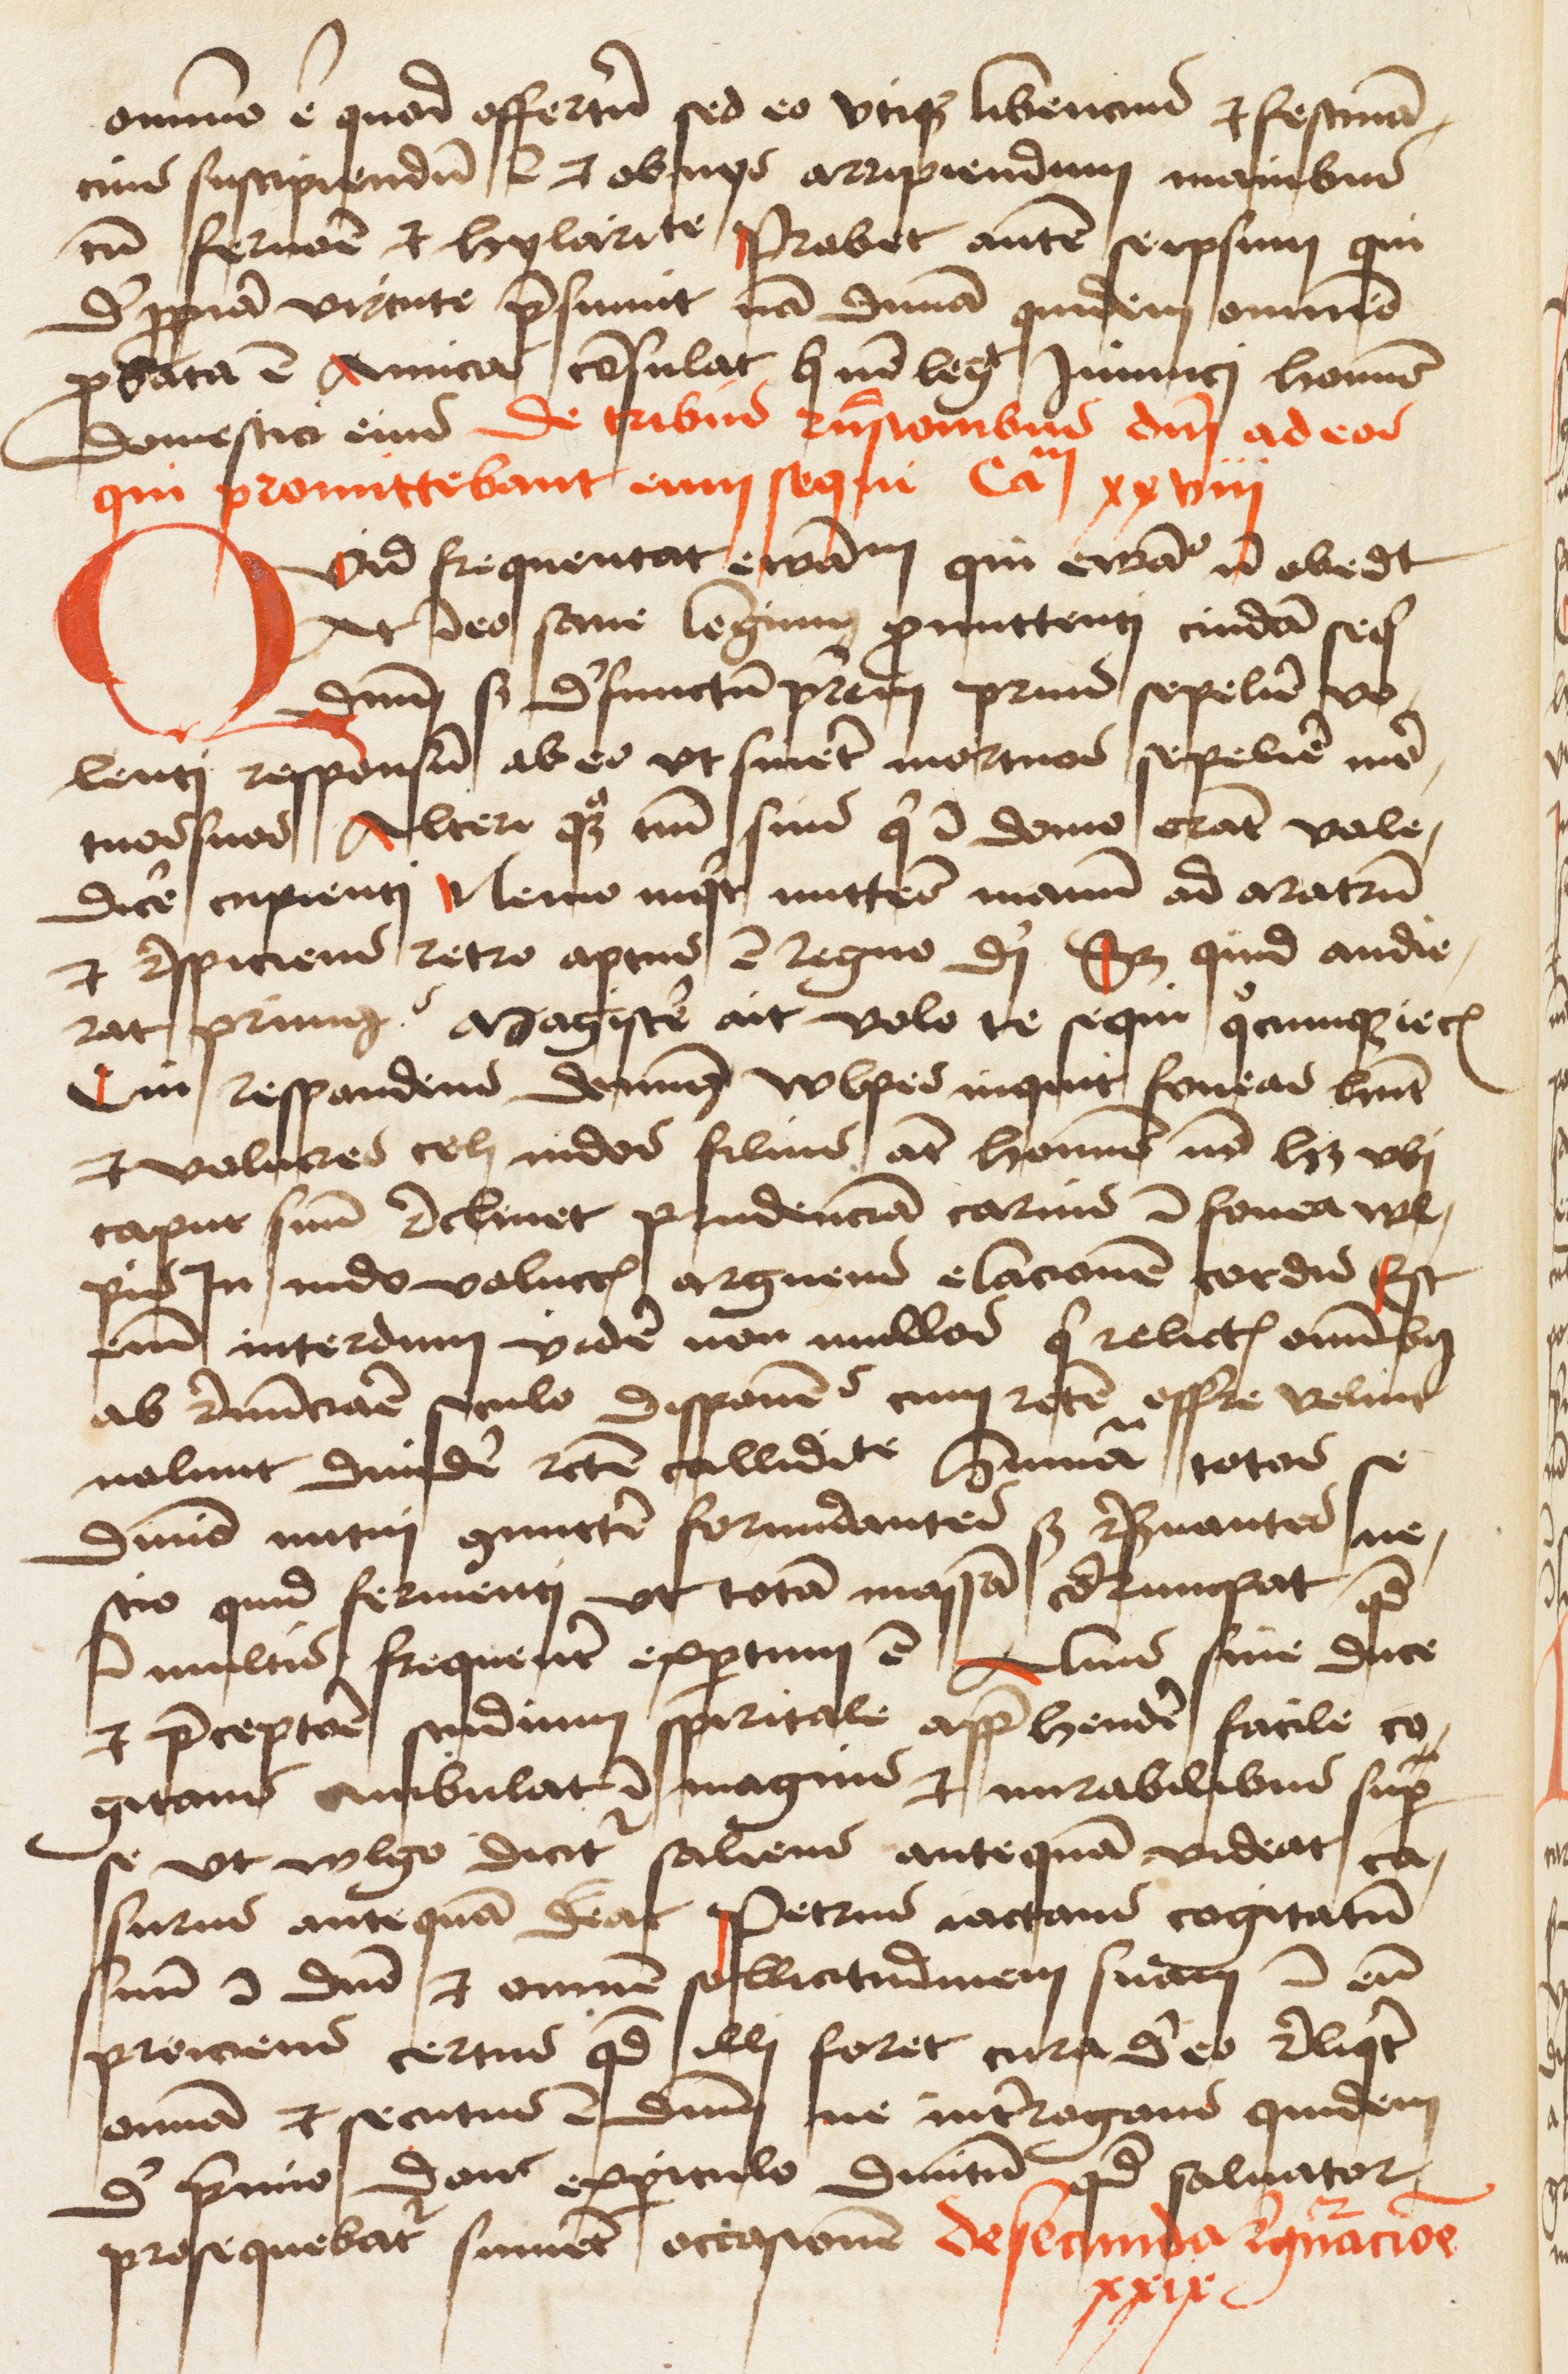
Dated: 1475–1499